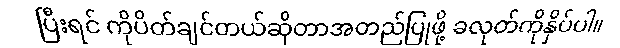
ပြီးရင် ကိုပိတ်ချင်တယ်ဆိုတာအတည်ပြုဖို့ ခလုတ်ကိုနှိပ်ပါ။